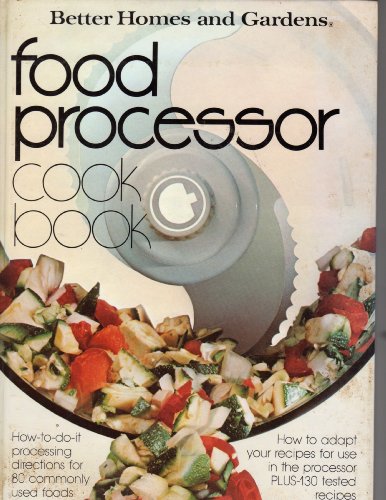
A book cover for Better Homes and Gardens Food Processor Cook Book; Better Homes and Gardens; Cookbooks, Food & Wine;